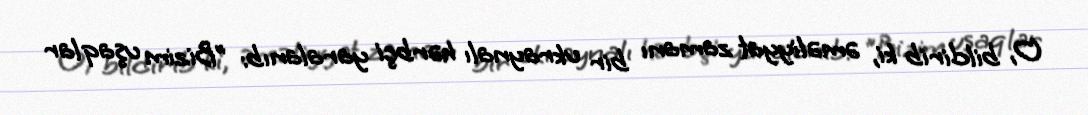
O, bildirib ki, əməliyyat zamanı bir ukraynalı hərbçi yaralanıb: "Bizim uşaqlar